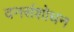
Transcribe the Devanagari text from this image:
वनसंशोधन